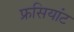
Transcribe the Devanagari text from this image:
फ्रसियांट